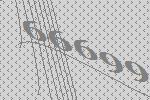
66699